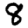
Digit: 8